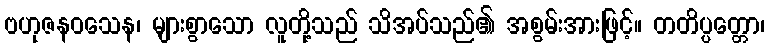
ဗဟုဇနဝသေန၊ များစွာသော လူတို့သည် သိအပ်သည်၏ အစွမ်းအားဖြင့်။ တတိပ္ပတ္တော၊